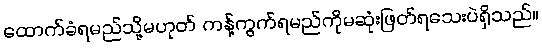
ထောက်ခံရမည်သို့မဟုတ် ကန့်ကွက်ရမည်ကိုမဆုံးဖြတ်ရသေးပဲရှိသည်။